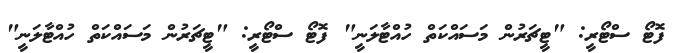
ފޮޓޯ ސްޓޯރީ: "ޓީޗަރުން މަސައްކަތް ހުއްޓާލަނީ" ފޮޓޯ ސްޓޯރީ: "ޓީޗަރުން މަސައްކަތް ހުއްޓާލަނީ"